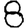
Digit: 8